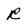
Character: R